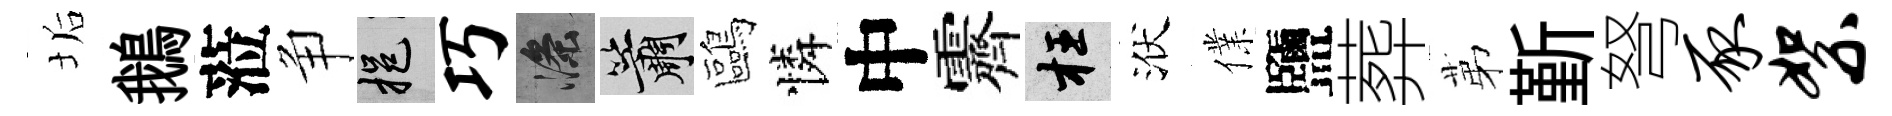
垢鵝蒞争挹巧滌簫鷗憐中霽枉洑㒒鹽葬苐斳弩豕絮